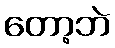
တော့ဘဲ